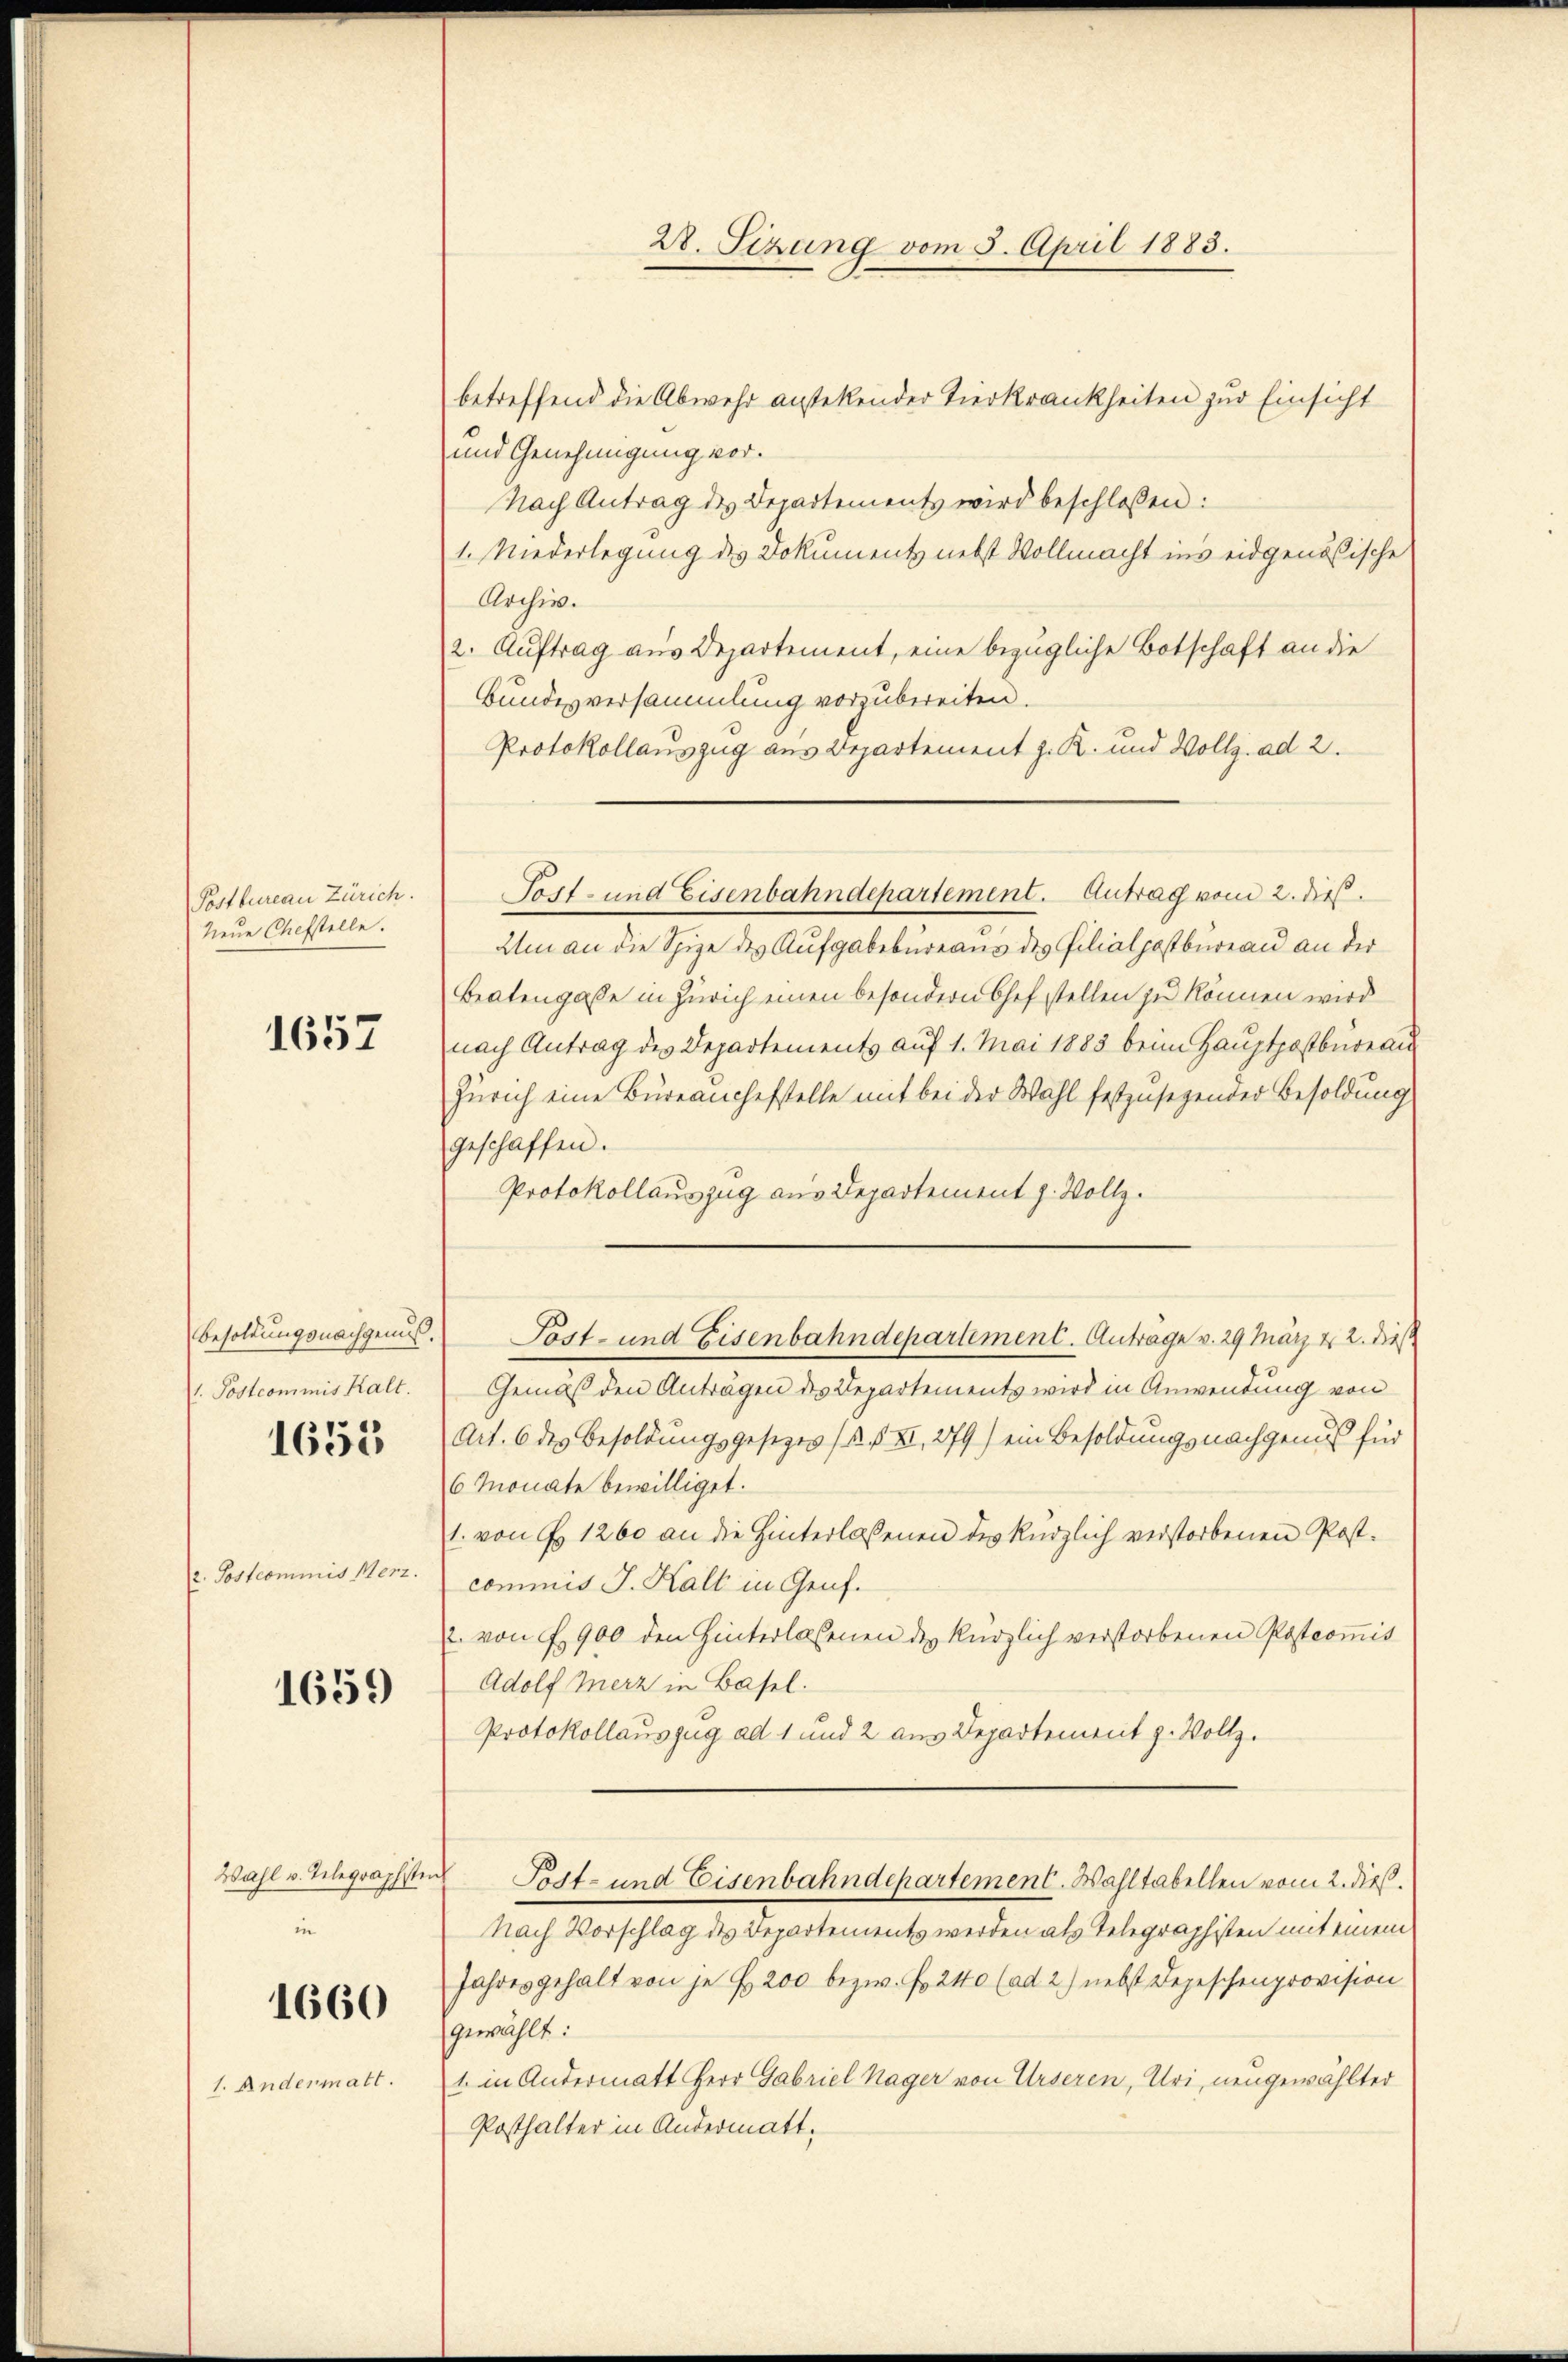
Postbureau Zürich.
Neue Chefstelle.

Besoldungsnachgenuß.
1. Postcommis Kalt.

1657

1655

2. Postcommis Merz.

1659

Wahl v. Telegraphister
in

1660

1. Andermatt.

28. Sizung vom 5. April 1883.

betreffend die Abwehr anstetender Tierkrankheiten zur Einsicht
und Genehmigung vor.
Nach Antrag des Departements wird beschloßen:
1. Niederlegung des Dokuments nebst Vollmacht ins eidgenößische
Archiv.
2. Auftrag aus Departement, eine bezügliche Botschaft an die
Bundesversammlung vorzubereiten.
Protokollauszug aus Departement z. K. und Vollz. ad 2.
Um an die Spize des Aufgabebureaus des Filialpostbureau an der
Beatengaße in Zürich einen besondern Chef stellen zu können wird
nach Antrag des Departements auf 1. Mai 1885 beim Hauptpostbureau
Zürich eine Bureanchefstelle mit bei der Wahl festzusegender Besoldung
geschaffen.
Protokollauszug aus Departement z. Vollz
Post- und Eisenbahndepartement. Anträge v. 29 März d. 2. dieß
Gemäß den Anträgen des Departements wird in Anwendung von
Art. 6 des Besoldungsgesetzes (s. S. XI, 279) ein Besoldungsnachgenuß für
6 Monate bewilliget.
1. von Fr. 1260 an die Hinterlassenen des kürzlich verstorbenen Post-
commis J. Kalt in Genf.
 von § 900 den Hinterlassenen der kürzlich verstorbenen Postcom̅is
Adolf Merz in Basel.
Protokollauszug ad 1 und 2 aus Departement z. Vollz
Post- und Eisenbahndepartement. Wahltabellen vom 2. dieß.
Nach Beschlag es behalten entgegenden als Telegerichten den seinen
Jahres gehalt von je f. 200 bezw. Fr. 240 (ad 2.) nebst Depeschenprovision
gewählt:
1. in Andermatt Herr Gabriel Nager von Urseren, Uri, neugewählter
Posthalter in Andermatt.

Sopf- und Eisenbahndepartement. Antrag vom 2. dieß.